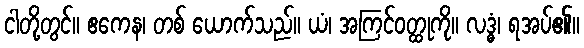
ငါတို့တွင်။ ဧကေန၊ တစ် ယောက်သည်။ ယံ၊ အကြင်ဝတ္ထုကို။ လဒ္ဓံ၊ ရအပ်၏။